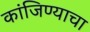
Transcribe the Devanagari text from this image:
कांजिण्याचा